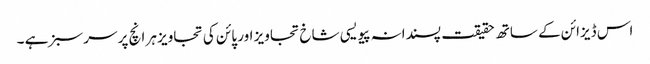
اس ڈیزائن کے ساتھ حقیقت پسندانہ پیویسی شاخ تجاویز اور پائن کی تجاویز ہر انچ پر سرسبز ہے ۔